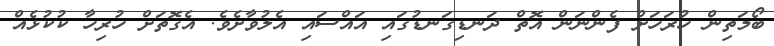
ބޯމަތިން ހުރަހަށް ފެންނަން އޮތް ދަނޑިގަނޑުގައި އައްސައި އެލުވާށެވެ. އެގޮތަށް ހުރިހާ ކުކުޅެއް